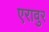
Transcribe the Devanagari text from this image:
एरावुर